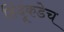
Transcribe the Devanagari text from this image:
हिंदूंकडेच